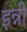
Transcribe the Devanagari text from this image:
इन्नी